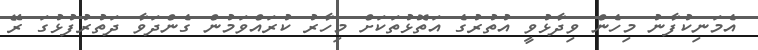
އެމަނިކުފާނު މިހެން ވިދާޅުވީ އުތުރުގެ އަތޮޅުތަކަށް މިހާރު ކުރައްވަމުން ގެންދަވާ ދަތުރުފުޅުގަ ރޭ